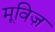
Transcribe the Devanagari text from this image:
मूविज़